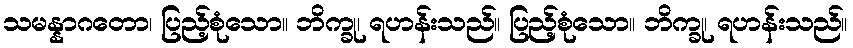
သမန္နာဂတော၊ ပြည့်စုံသော။ ဘိက္ခု၊ ရဟန်းသည်။ ပြည့်စုံသော။ ဘိက္ခု၊ ရဟန်းသည်။